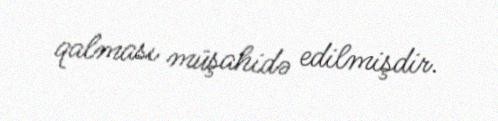
qalması müşahidə edilmişdir.